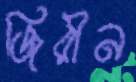
জিরীন